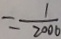
= \frac { 1 } { 2 0 0 6 }